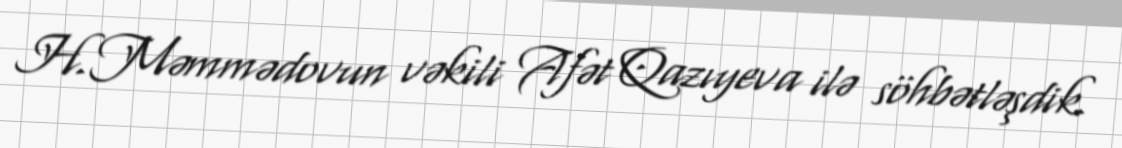
H.Məmmədovun vəkili Afət Qazıyeva ilə söhbətləşdik.